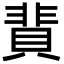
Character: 䩀